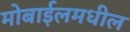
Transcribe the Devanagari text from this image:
मोबाईलमधील